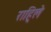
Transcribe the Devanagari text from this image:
राहि्ले